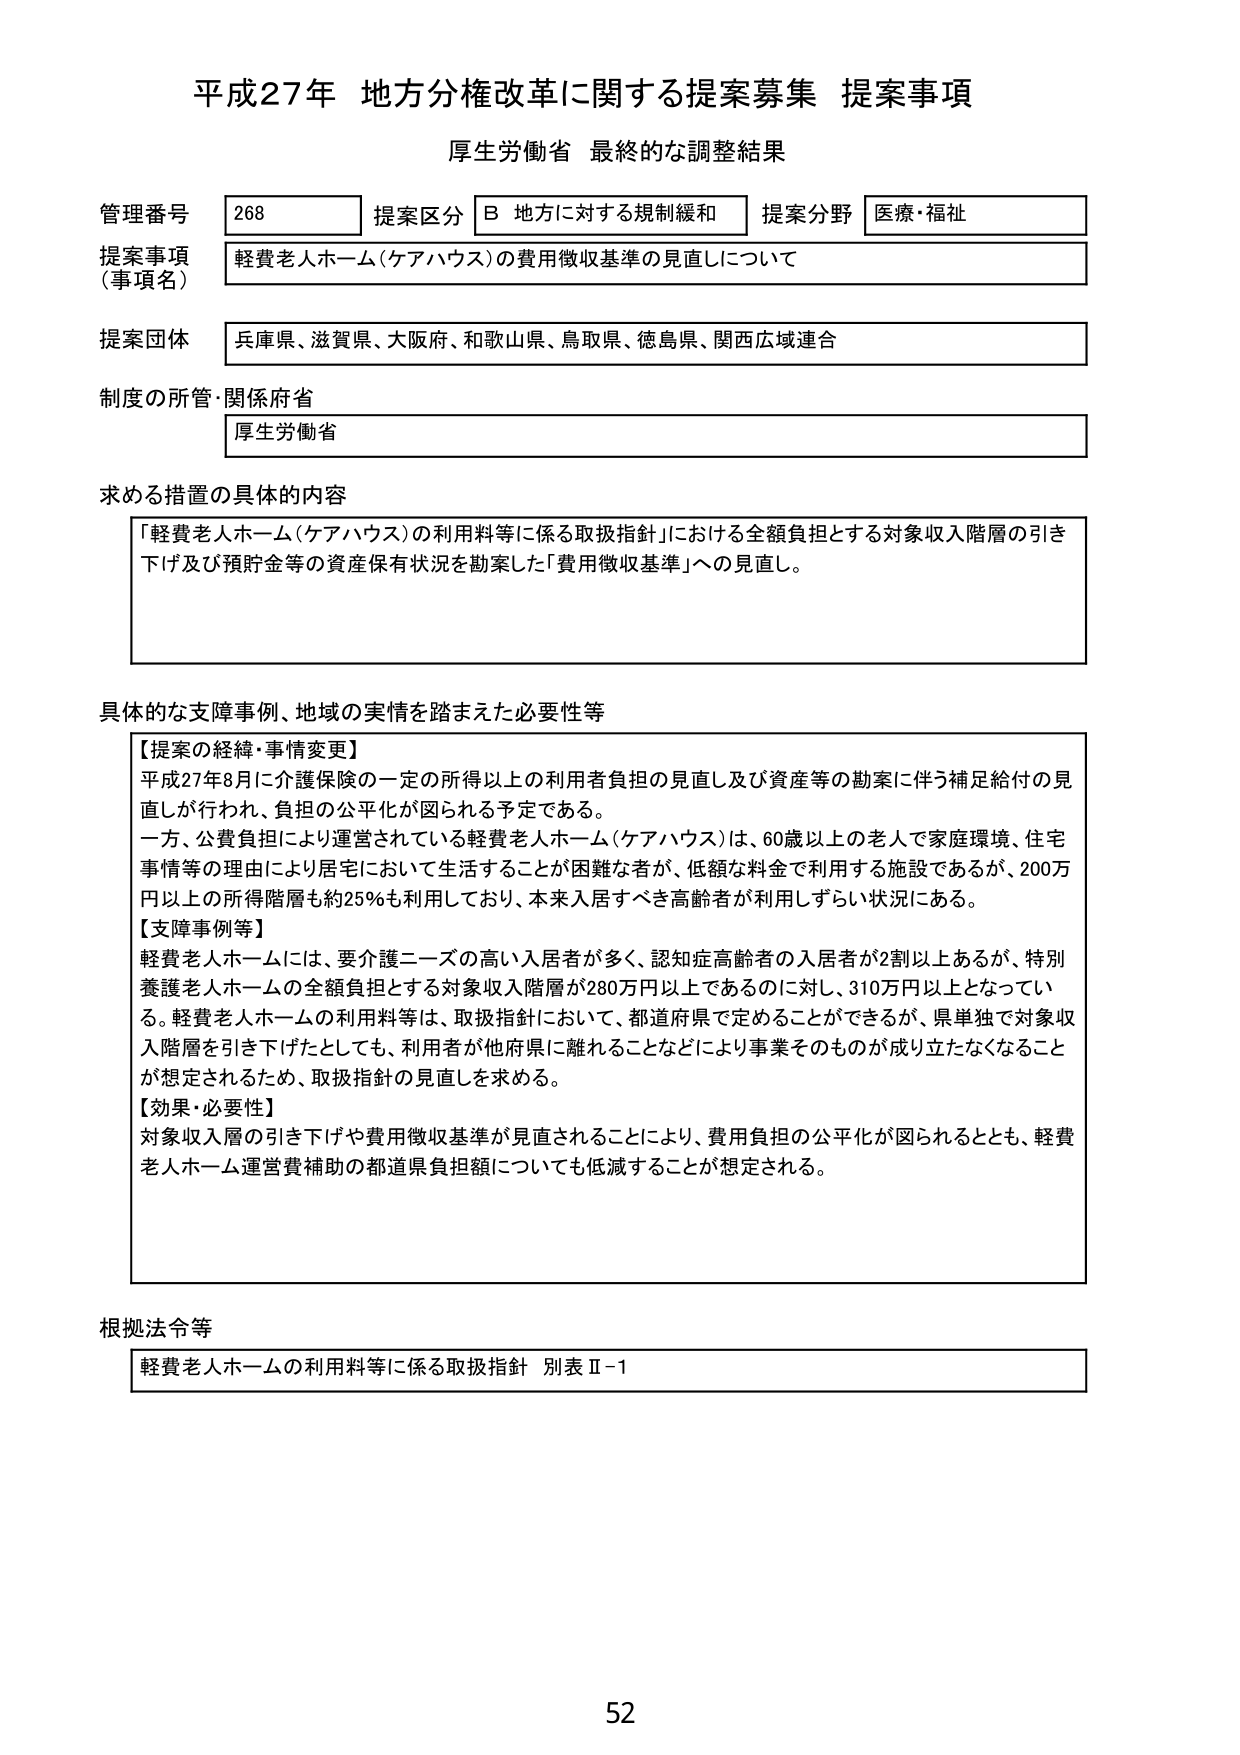
平成27年 地方分権改革に関する提案募集 提案事項
厚生労働省 最終的な調整結果

管理番号 268
提案区分 B 地方に対する規制緩和
提案分野 医療・福祉

提案事項（事項名）
軽費老人ホーム（ケアハウス）の費用徴収基準の見直しについて

提案団体
兵庫県、滋賀県、大阪府、和歌山県、鳥取県、徳島県、関西広域連合

制度の所管・関係府省
厚生労働省

求める措置の具体的内容
「軽費老人ホーム（ケアハウス）の利用料等に係る取扱指針」における全額負担とする対象収入階層の引き下げ及び預貯金等の資産保有状況を勘案した「費用徴収基準」への見直し。

具体的な支障事例、地域の実情を踏まえた必要性等
【提案の経緯・事情変更】
平成27年8月に介護保険の一定の所得以上の利用者負担の見直し及び資産等の勘案に伴う補足給付の見直しが行われ、負担の公平化が図られる予定である。
一方、公費負担により運営されている軽費老人ホーム（ケアハウス）は、60歳以上の老人で家庭環境、住宅事情等の理由により居宅において生活することが困難な者が、低額な料金で利用する施設であるが、200万円以上の所得階層も約25％も利用しており、本来入居すべき高齢者が利用しずらい状況にある。
【支障事例等】
軽費老人ホームには、要介護ニーズの高い入居者が多く、認知症高齢者の入居者が2割以上あるが、特別養護老人ホームの全額負担とする対象収入階層が280万円以上であるのに対し、310万円以上となっている。軽費老人ホームの利用料等は、取扱指針において、都道府県で定めることができるが、県単独で対象収入階層を引き下げたとしても、利用者が他府県に離れることなどにより事業そのものが成り立たなくなることが想定されるため、取扱指針の見直しを求める。
【効果・必要性】
対象収入層の引き下げや費用徴収基準が見直されることにより、費用負担の公平化が図られるとともに、軽費老人ホーム運営費補助の都道県負担額についても低減することが想定される。

根拠法令等
軽費老人ホームの利用料等に係る取扱指針 別表Ⅱ-1

52